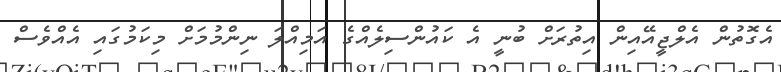
އެގޮތުން އެލްޖީއޭއިން އިތުރަށް ބުނީ އެ ކައުންސިލެއްގެ އަމިއްލަ ނިންމުމަށް މިކަމުގައި އެއްވެސް